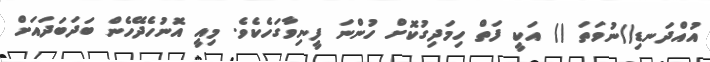
އުއްދަނޑި()ނުވަތަ () އަކީ ފަތް ހިމަދިގުކޮށް ހުންނަ ފީނިވާގަހެކެވެ. މިއީ އޮނުހެދޭހެން ބަދަބަދައަށް